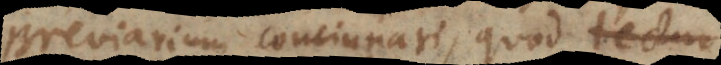
Breviarium concinnari, quod pro